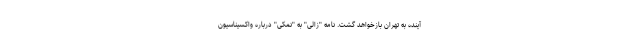
آینده به تهران بازخواهد گشت. نامه "زالی" به "نمکی" درباره واکسیناسیون